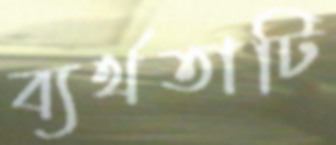
ব্যর্থতাটি